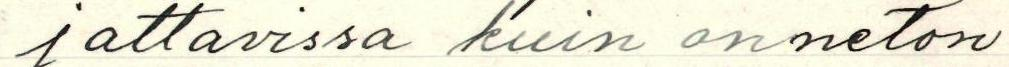
jattavissa kuin onneton